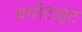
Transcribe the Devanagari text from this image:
बयोटाइट